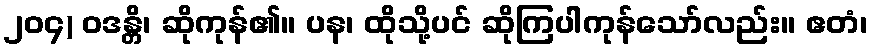
၂၀၄) ဝဒန္တိ၊ ဆိုကုန်၏။ ပန၊ ထိုသို့ပင် ဆိုကြပါကုန်သော်လည်း။ ဧတံ၊